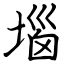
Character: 堖